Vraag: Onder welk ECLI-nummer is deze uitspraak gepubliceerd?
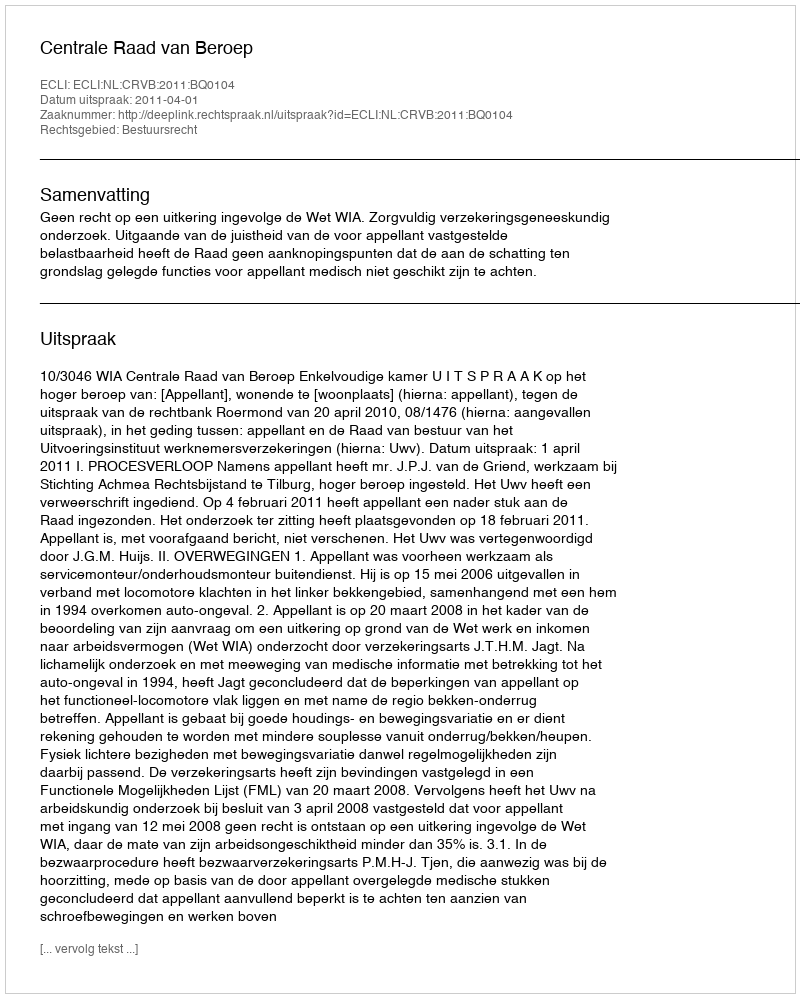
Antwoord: ECLI:NL:CRVB:2011:BQ0104